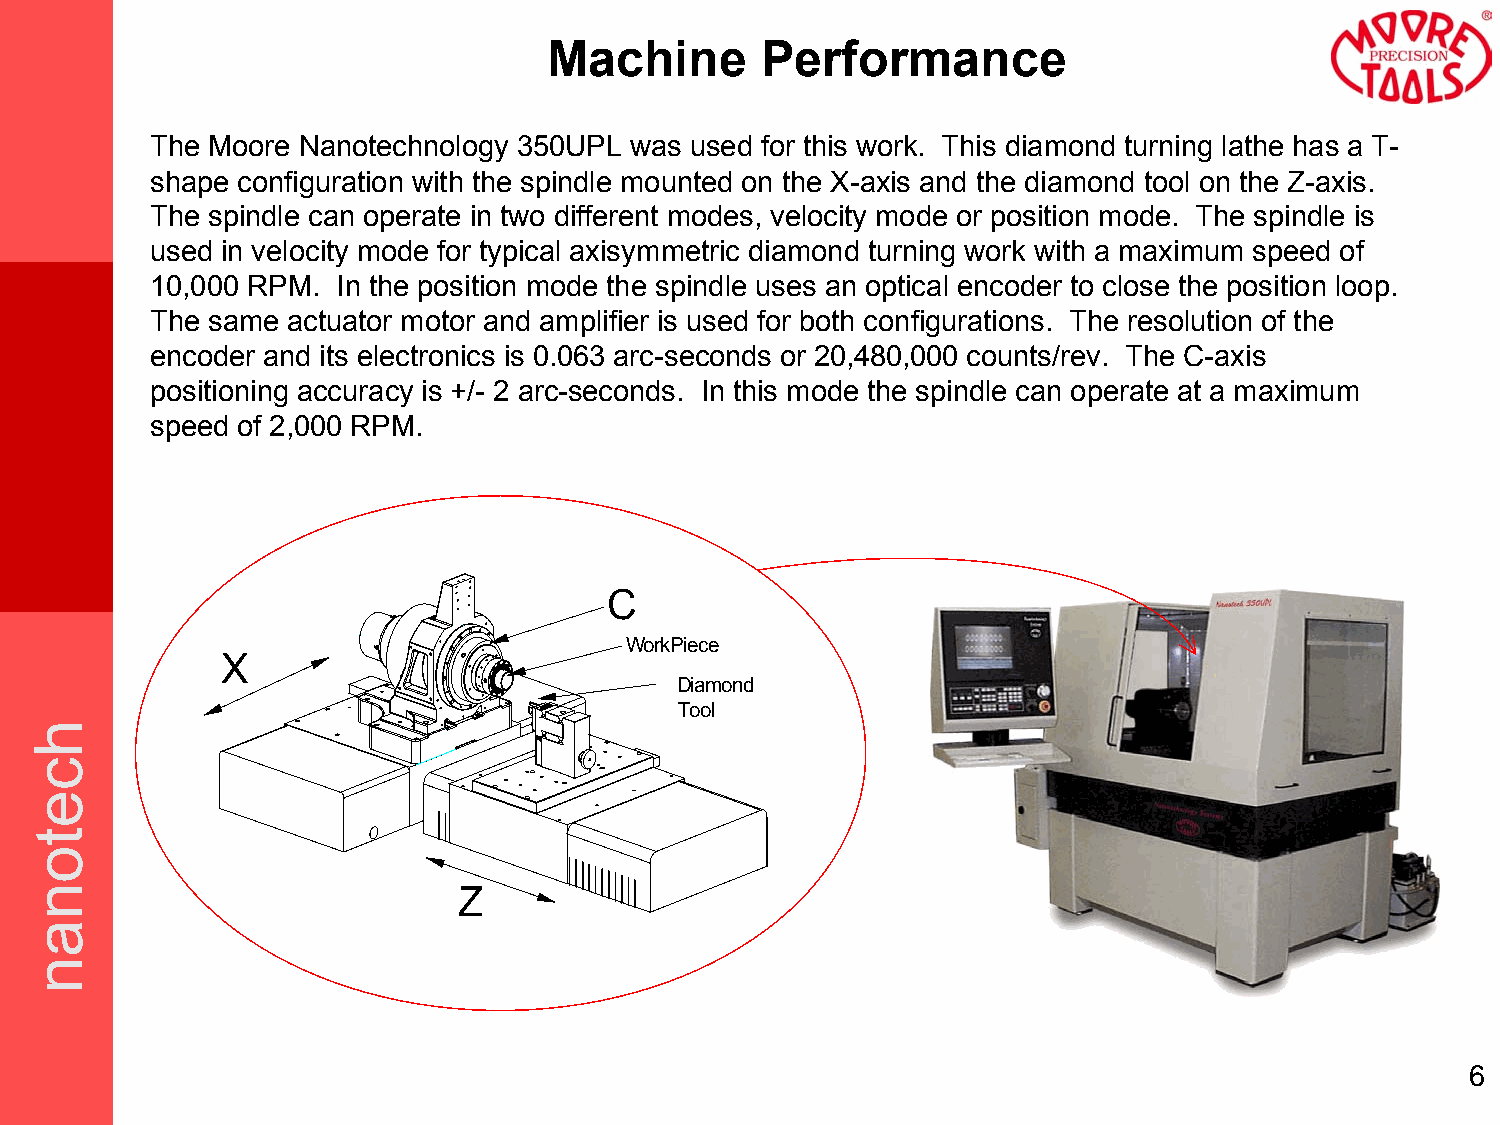
Machine       Performance
 The Moore Nanotechnology 350UPL was used for this work. This diamond turning lathe has a T-
 shape configuration with the spindle mounted on the X-axis and the diamond tool on the Z-axis.
 The spindle can operate in two different modes, velocity mode or position mode. The spindle is
 used in velocity mode for typical axisymmetric diamond turning work with a maximum speed of
 10,000 RPM. In the position mode the spindle uses an optical encoder to close the position loop.
 The same actuator motor and amplifier is used for both configurations. The resolution of the
 encoder and its electronics is 0.063 arc-seconds or 20,480,000 counts/rev. The C-axis
 positioning accuracy is +/- 2 arc-seconds. In this mode the spindle can operate at a maximum
 speed of 2,000 RPM.
 C
 WorkPiece
 X
 Diamond
 Tool
 Z
 6
 hcetonan